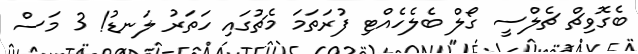
ބެގޮވިޗް ޗެލްސީ ގޯލް ބެލެހެއްޓި ފުރަތަމަ މެޗުގައި ހަތަރު ލަނޑު! 3 މަސް